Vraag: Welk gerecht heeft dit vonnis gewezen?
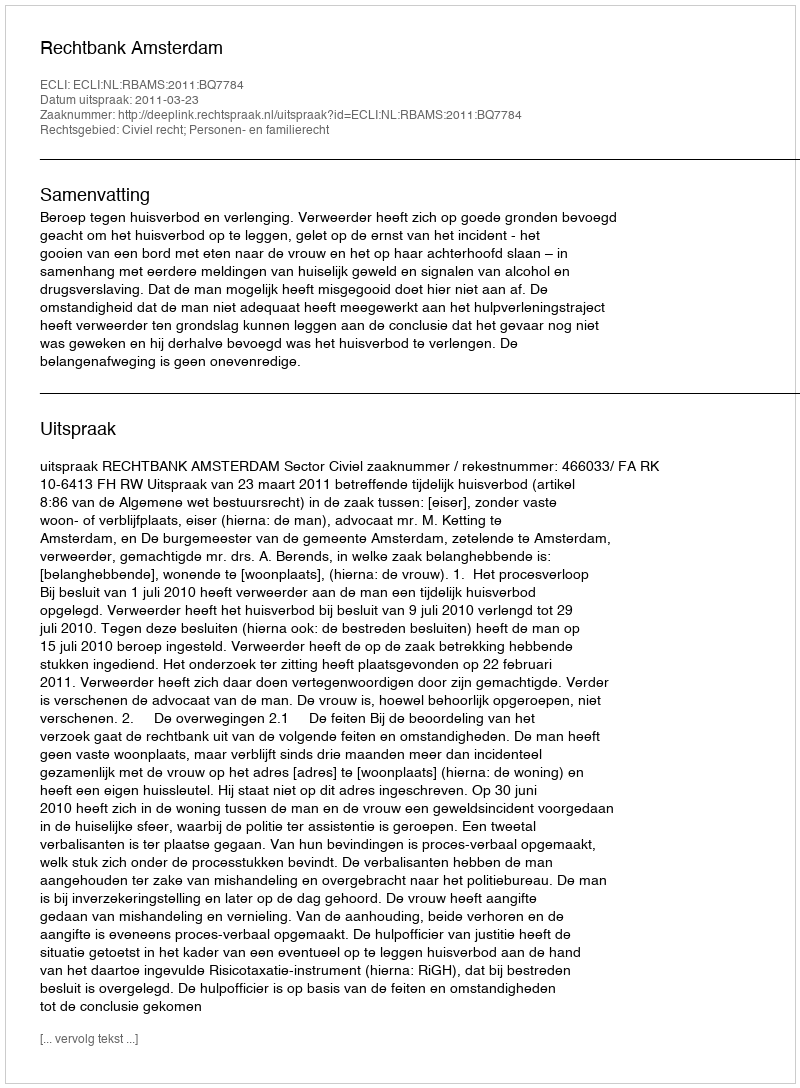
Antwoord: Rechtbank Amsterdam